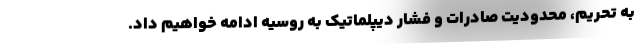
به تحریم، محدودیت صادرات و فشار دیپلماتیک به روسیه ادامه خواهیم داد.